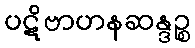
ပဋိဗာဟနဆန္ဒဉ္စ